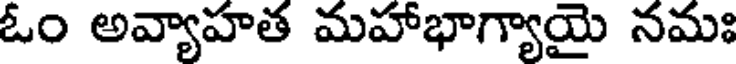
ఓం అవ్యాహత మహాభాగ్యాయై నమః